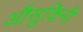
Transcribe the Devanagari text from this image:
औसुकिनी